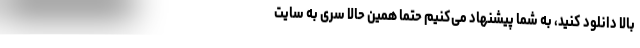
بالا دانلود کنید، به شما پیشنهاد می‌کنیم حتما همین حالا سری به سایت